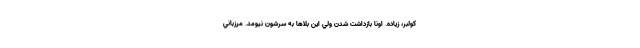
كولبر، زياده. اونا بازداشت شدن ولي اين بلاها به سرشون نيومد. مرزباني